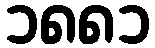
၁၈၈၁